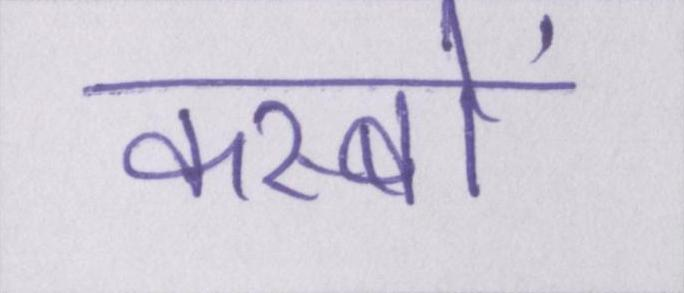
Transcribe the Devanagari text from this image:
कस्बों